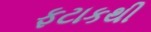
ફટાકથી